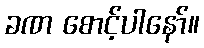
ခဏ စောင့်ပါနော်။